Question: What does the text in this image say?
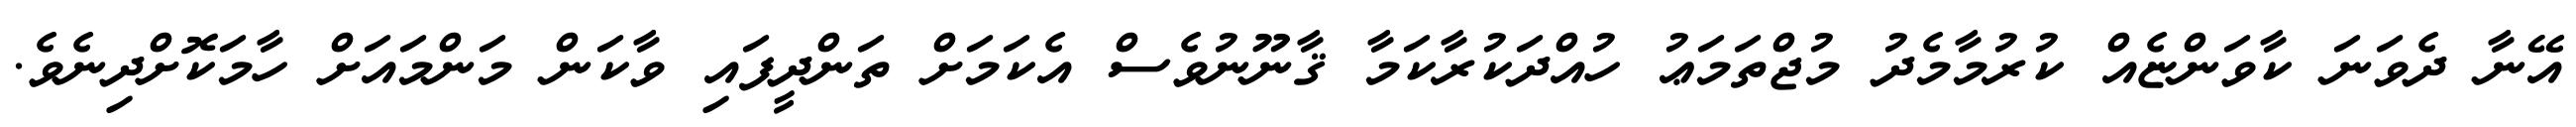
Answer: އޭނާ ދެވަނަ ކާވަންޏެއް ކުރުމާމެދު މުޖްތަމަޢު ހުއްދަކުރާކަމާ ޤާނޫނުވެސް އެކަމަށް ތަންދީފައި ވާކަން މަންމައަށް ހާމަކޮށްދިނެވެ.